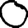
Digit: 0